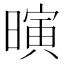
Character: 𪱄